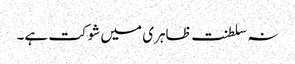
نہ سلطنت ظاہری میں شوکت ہے۔